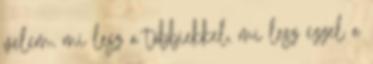
velem, mi lesz a többiekkel, mi lesz ezzel a